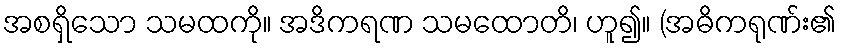
အစရှိသော သမထကို။ အဒိကရဏ သမထောတိ၊ ဟူ၍။ (အဓိကရုဏ်း၏